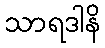
သာရဒါနိ